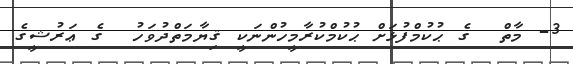
3- މާތް  ގެ ޙުކުމްފުޅަށް ޙުކުމްކުރާމީހުންނަކީ ޤިޔާމަތްދުވަހު  ގެ ޢަރުޝީގެ